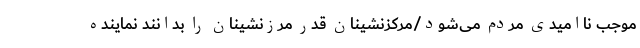
موجب ناامیدی مردم می‌شود/مرکزنشینان قدر مرزنشینان را بدانند نماینده